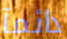
دائمآ